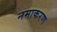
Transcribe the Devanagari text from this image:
नमाकरण